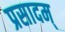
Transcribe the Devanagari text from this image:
प्रसादम्